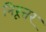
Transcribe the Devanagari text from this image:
निरूत्तर